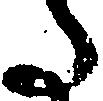
た